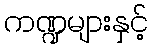
ကဏ္ဍများနှင့်